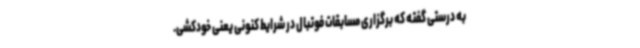
به درستی گفته که برگزاری مسابقات فوتبال در شرایط کنونی یعنی خودکشی.